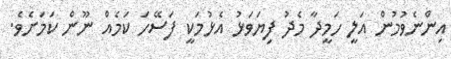
އިންނެވުމުން އަލީ ހަމީދާ މެދު ފިޔަވަޅު އެޅުމަކީ ފަސޭހަ ކަމެއް ނޫން ކަމަށެވެ.